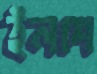
ইলশে